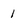
Character: 1